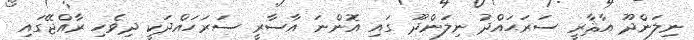
ނިލަންދޫ އާޘާރީ ސަރަޙައްދު ނިލަންދޫ ގައި އޮންނަ އާސާރީ ސަރަހައްދަކީ ދިވެހި ރާއްޖޭގައި